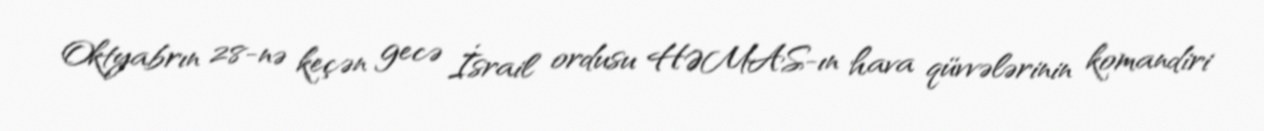
Oktyabrın 28-nə keçən gecə İsrail ordusu HƏMAS-ın hava qüvvələrinin komandiri